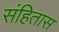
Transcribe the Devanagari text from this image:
संहितास